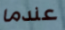
عندما